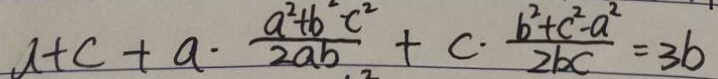
a + c + a \cdot \frac { a ^ { 2 } + b ^ { 2 } - c ^ { 2 } } { 2 a b } + c \cdot \frac { b ^ { 2 } + c ^ { 2 } - a ^ { 2 } } { 2 b c } = 3 b